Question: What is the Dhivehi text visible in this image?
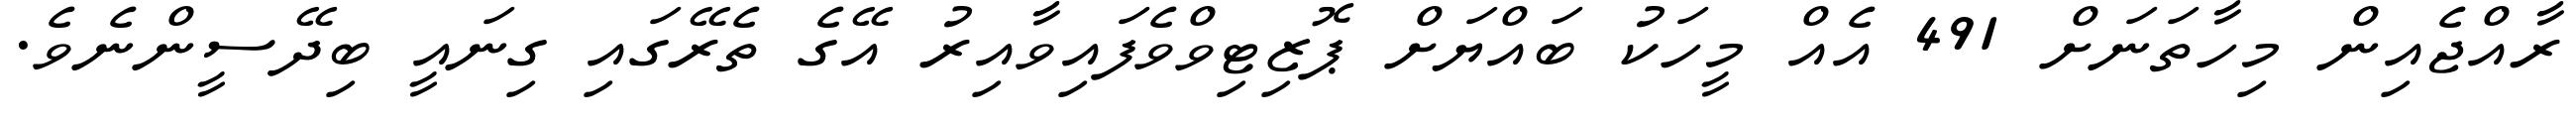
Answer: ރާއްޖެއިން މިހާތަނަށް 491 އެއް މީހަކު ބައްޔަށް ޕޮޒިޓިވްވެފައިވާއިރު އޭގެ ތެރޭގައި ގިނައީ ބިދޭސީންނެވެ.